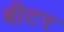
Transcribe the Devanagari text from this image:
बीटर